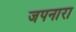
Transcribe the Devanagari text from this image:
जपनारा